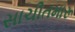
સાચીતમારૂ